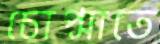
চোপ্‌সাতে